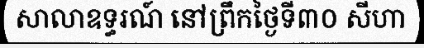
សាលាឧទ្ធរណ៍ នៅព្រឹកថ្ងៃទី៣០ សីហា